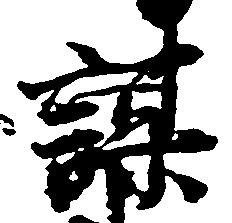
謀